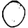
Digit: 0